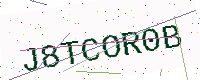
Text: J8TCOR0B